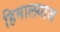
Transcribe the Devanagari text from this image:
हिमालयाज